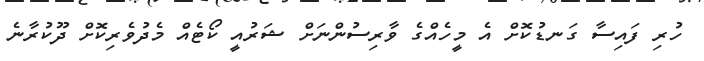
ހުރި ފައިސާ ގަނޑުކޮށް އެ މީހެއްގެ ވާރިސުންނަށް ޝަރުއީ ކޯޓެއް މެދުވެރިކޮށް ދޫކުރާނެ